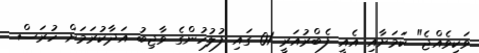
ވަކިވެއްޖެ" ކަމަށާއި އެއީ ފެބްރުއަރީ 01 ގައި ފުލުހުންގެ ވާޖިބު އަދާކުރަމަށް ހުރަސް